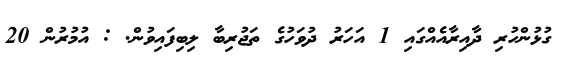
ގުޅުންހުރި ދާއިރާއެއްގައި 1 އަހަރު ދުވަހުގެ ތަޖުރިބާ ލިބިފައިވުން. : އުމުރުންް 20